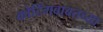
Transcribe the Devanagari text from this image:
कोटिंगबाबतच्या